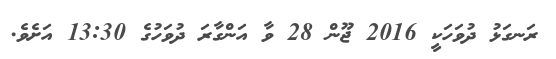
ރަނގަޅު ދުވަހަކީ 2016 ޖޫން 28 ވާ އަންގާރަ ދުވަހުގެ 13:30 އަށެވެ.